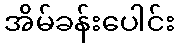
အိမ်ခန်းပေါင်း